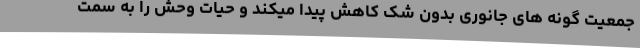
جمعیت گونه های جانوری بدون شک کاهش پیدا میکند و حیات وحش را به سمت